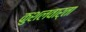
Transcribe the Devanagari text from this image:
कुशलवार्ता